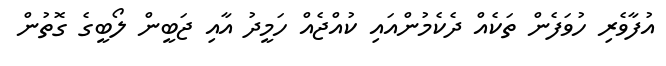
އުފާވެރި ހުވަފެން ތަކެއް ދެކެމުންއައި ކުއްޖެއް ހަމީދު އާއި ޖަބީން ލޯބީގެ ގޮތުން